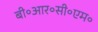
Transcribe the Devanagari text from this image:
बी॰आर॰सी॰एम॰